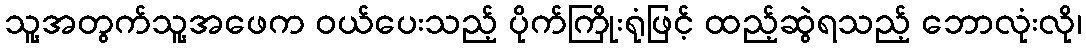
သူ့အတွက်သူ့အဖေက ဝယ်ပေးသည့် ပိုက်ကြိုးရုံဖြင့် ထည့်ဆွဲရသည့် ဘောလုံးလို၊